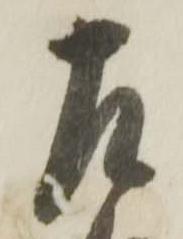
左